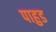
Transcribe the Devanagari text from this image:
पाहुड